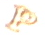
P